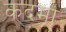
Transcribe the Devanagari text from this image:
कदमा